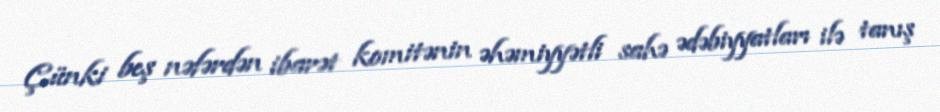
Çünki beş nəfərdən ibarət komitənin əhəmiyyətli sahə ədəbiyyatları ilə tanış